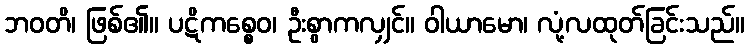
ဘဝတိ၊ ဖြစ်၏။ ပဋိကစ္စေဝ၊ ဦးစွာကလျှင်။ ဝါယာမော၊ လုံ့လထုတ်ခြင်းသည်။